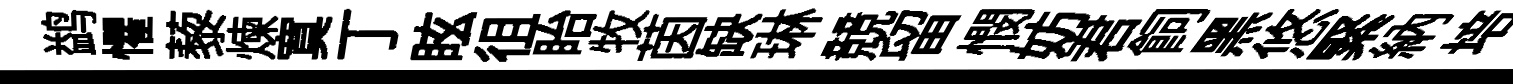
鹢懼藜煉寞丁眩徂眙牧茵缺琳競留憫妨君飼黑悠緊納培